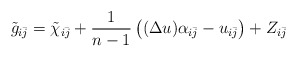
\begin{align*} \tilde{g}_{i\bar j} = \tilde{\chi}_{i\bar j} + \frac{1}{n-1}\left( (\Delta u)\alpha_{i\bar j} - u_{i\bar j}\right) + Z_{i\bar j} \end{align*}